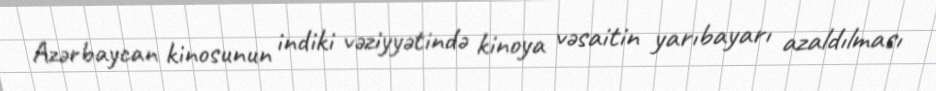
Azərbaycan kinosunun indiki vəziyyətində kinoya vəsaitin yarıbayarı azaldılması